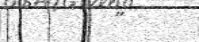
"